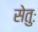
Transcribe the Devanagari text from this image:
सेतुः